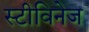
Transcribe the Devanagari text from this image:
स्टीविनेज